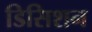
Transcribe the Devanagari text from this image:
डिसिशन